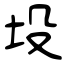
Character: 坄